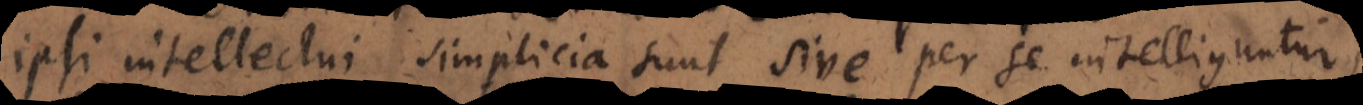
ipsi intellectui simplicia sunt sive per se intelliguntur,